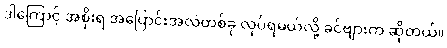
ဒါကြောင့် အစိုးရ အပြောင်းအလဲတစ်ခု လုပ်ရမယ်လို့ ခင်ဗျားက ဆိုတယ်။